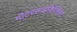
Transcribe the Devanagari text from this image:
मोटरसाइकिलिस्ट